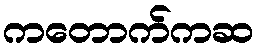
ကတောက်ကဆ